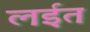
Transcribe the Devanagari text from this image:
लईत